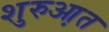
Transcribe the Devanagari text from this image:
शुरुआ़त